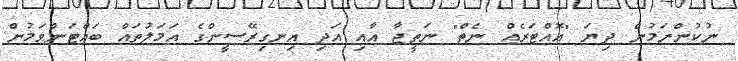
ނުކުންނަމުން ދިޔަ "އޮއްޓަރެއް ނެތް" ނަތީޖާ އާއި އަދި އިނގިރޭސީންގެ އަމަލުތައް ބައްޓަންވަމުން